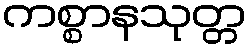
ကစ္စာနသုတ္တ